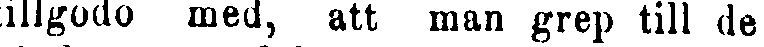
tillgodo med, att man grep till de